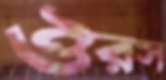
ঔরস